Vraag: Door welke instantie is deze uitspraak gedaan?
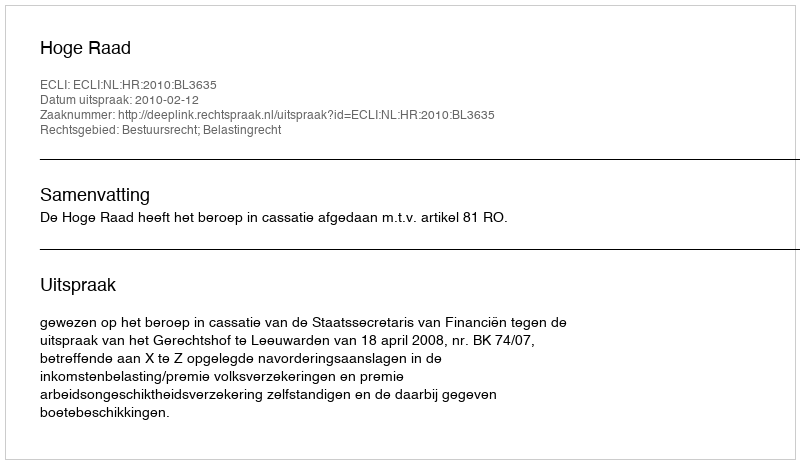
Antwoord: Hoge Raad